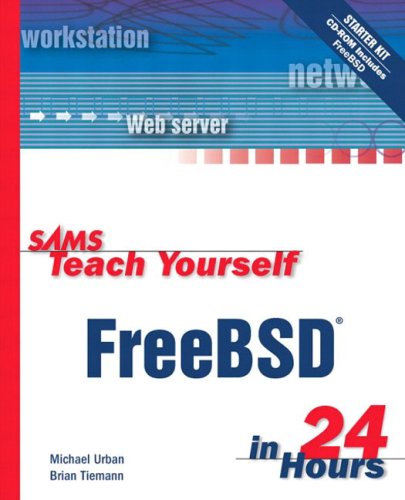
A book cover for Sams Teach Yourself FreeBSD in 24 Hours; Michael Urban; Computers & Technology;